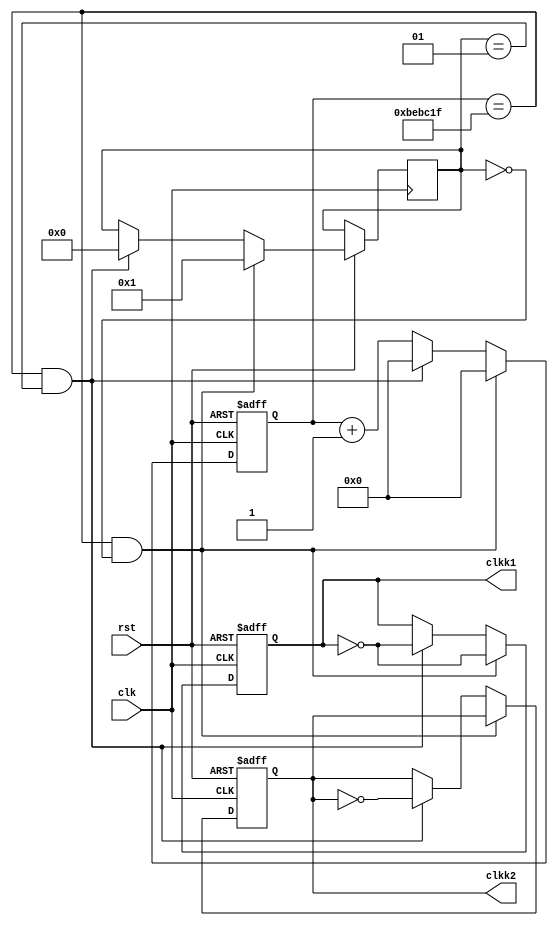
module fenpin(rst, clk, clkk1,clkk2);
   input rst;
	input clk;
   output  clkk1;
	output  clkk2;
   reg clkk1;
	reg clkk2;
	reg [24:0] count;
	integer cnt=0;
	
	
   always @(posedge clk or negedge rst)
      if(!rst)
			begin 
				count <= 0;
				clkk1<=0;
				clkk2<=0;
			end
		else 
			if(count == 25'd12_499_999 && cnt==0)
				begin
					count<=0;
					cnt <= 1;
					clkk1<=~clkk1;
				end
			else if(count == 25'd12_499_999 && cnt==1)
				begin
					count<=0;
					cnt <= 0;
					clkk1<=~clkk1;
					clkk2<=~clkk2;
				end
			else
				begin 
					count <= count + 1'd1;
				end
endmodule